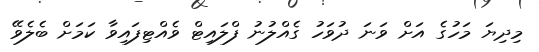
މިދިޔަ މަހުގެ އަށް ވަނަ ދުވަހު ގެއްލުނު ފްލަައިޓް ވެެއްޓިފައިވާ ކަމަށް ބެލެވޭ